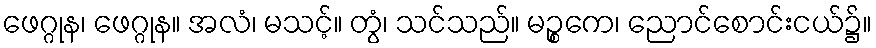
ဖေဂ္ဂုန၊ ဖေဂ္ဂုန။ အလံ၊ မသင့်။ တွံ၊ သင်သည်။ မဉ္စကေ၊ ညောင်စောင်းငယ်၌။